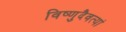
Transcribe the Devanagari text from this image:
विष्णुदैवत्यां